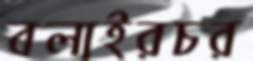
বলাইরচর